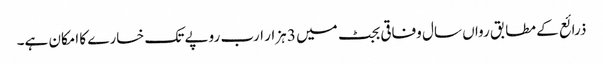
ذرائع کے مطابق رواں سال وفاقی بجٹ میں 3 ہزار ارب روپے تک خسارے کا امکان ہے۔